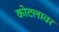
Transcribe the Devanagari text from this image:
कोटलावर